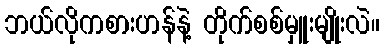
ဘယ်လိုကစားဟန်နဲ့ တိုက်စစ်မှူးမျိုးလဲ။